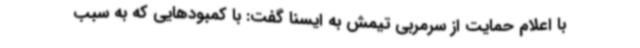
با اعلام حمایت از سرمربی تیمش به ایسنا گفت: با کمبودهایی که به سبب